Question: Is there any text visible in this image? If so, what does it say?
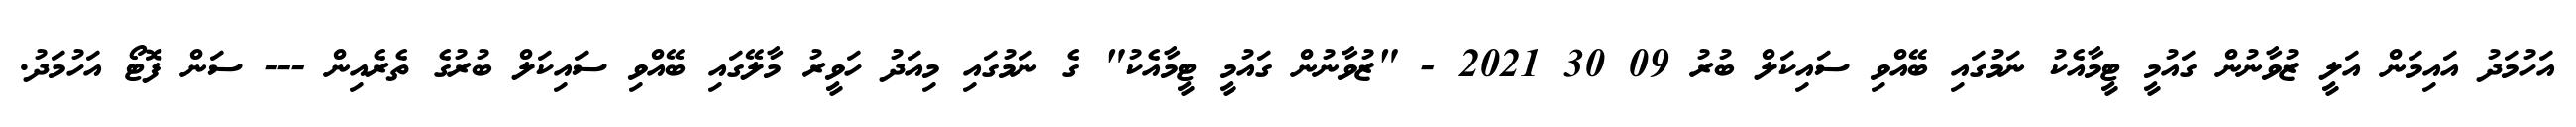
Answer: އަހުމަދު އައިމަން އަލީ ޒުވާނުން ގައުމީ ޓީމާއެކު ނަމުގައި ބޭއްވި ސައިކަލް ބުރު 09 30 2021 - "ޒުވާނުން ގައުމީ ޓީމާއެކު" ގެ ނަމުގައި މިއަދު ހަވީރު މާލޭގައި ބޭއްވި ސައިކަލް ބުރުގެ ތެރެއިން --- ސަން ފޮޓޯ އަހުމަދު.